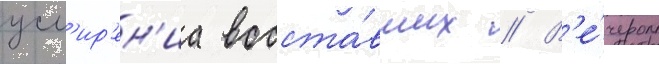
усм'ир'ен'иа восста́вших // В'е́чером